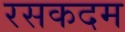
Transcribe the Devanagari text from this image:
रसकदम